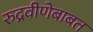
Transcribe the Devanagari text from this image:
रुद्रवीणेबाबत